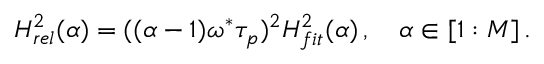
\begin{array} { r } { H _ { r e l } ^ { 2 } ( \alpha ) = ( ( \alpha - 1 ) \omega ^ { * } \tau _ { p } ) ^ { 2 } H _ { f i t } ^ { 2 } ( \alpha ) \, , \quad \alpha \in [ 1 : M ] \, . } \end{array}